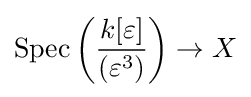
{\text{Spec}}\left({\frac {k[\varepsilon ]}{(\varepsilon ^{3})}}\right)\to X